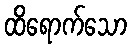
ထိရောက်သော